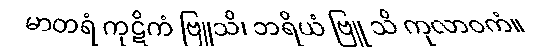
မာတရံ ကုဋိကံ ဗြူသိ၊ ဘရိယံ ဗြူ သိ ကုလာဝကံ။